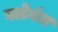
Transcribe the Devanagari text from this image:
घलेगंज